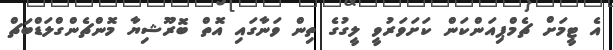
އެ ޓީމަށް ޗެމްޕިއަންކަން ކަށަވަރުވީ ލީގުގެ ތިން ވަނާގައި އޮތް ބޮރޫޝިޔާ މޮންޗެންގްލަޑްބަޗް